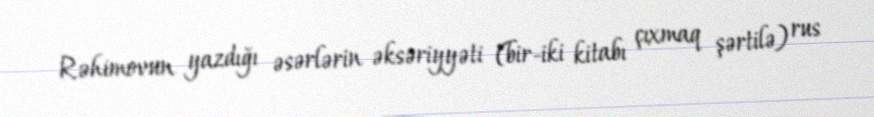
Rəhimovun yazdığı əsərlərin əksəriyyəti (bir-iki kitabı çıxmaq şərtilə) rus